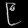
Digit: ၉